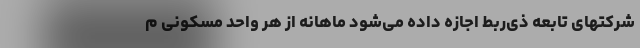
شرکتهای تابعه ذی‌ربط اجازه داده می‌شود ماهانه از هر واحد مسکونی م